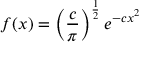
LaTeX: f ( x ) = \left( { \frac { c } { \pi } } \right) ^ { \frac { 1 } { 2 } } e ^ { - c x ^ { 2 } }